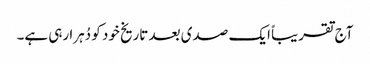
آج تقریباً ایک صدی بعد تاریخ خود کو دُہرا رہی ہے۔